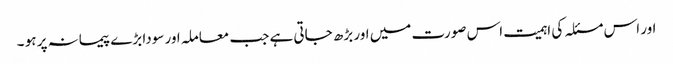
اور اس مسئلہ کی اہمیت اس صورت میں اور بڑھ جاتی ہے جب معاملہ اور سودا بڑے پیمانہ پر ہو ۔